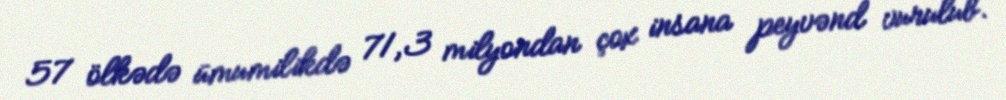
57 ölkədə ümumilikdə 71,3 milyondan çox insana peyvənd vurulub.